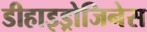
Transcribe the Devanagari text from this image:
डीहाइड्रोजिनेस